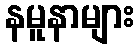
နမူနာများ